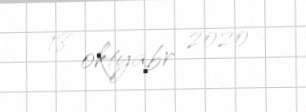
18 oktyabr 2020